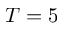
T = 5